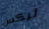
ليكس